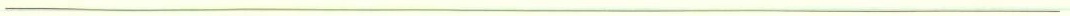
___